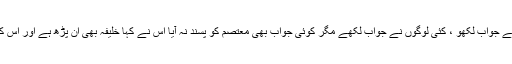
معتصم نے حکم دیا کہ اسے جواب لکھو ، کئی لوگوں نے جواب لکھے مگر کوئی جواب بھی معتصم کو پسند نہ آیا اس نے کہا خلیفہ بھی ان پڑھ ہے اور اس کے کاتب بھی ان پڑھ ہیں ۔